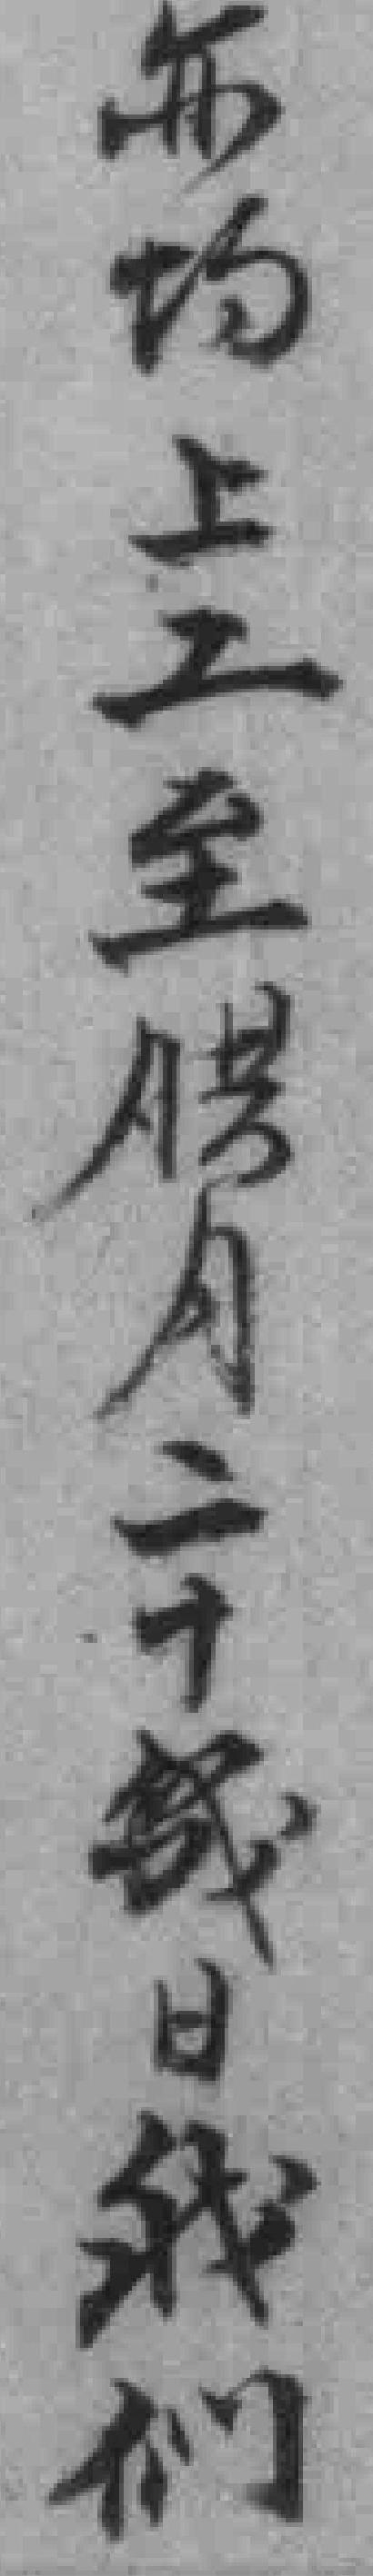
亦均上工至腊月二十幾日我们